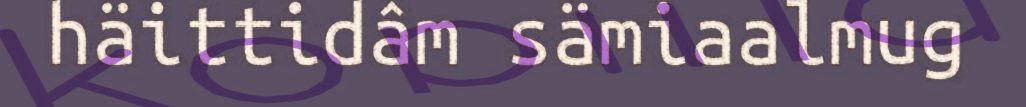
häittidâm sämiaalmug